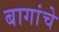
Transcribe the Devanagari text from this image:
बागांचे